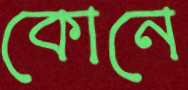
কোনে